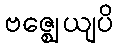
ဗဇ္ဈေယျပိ